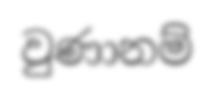
වුණානම්